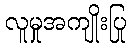
လူမှုအကျိုးပြု